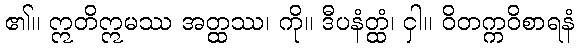
၏။ ဣတိဣမဿ အတ္ထဿ၊ ကို။ ဒီပနံတ္ထံ၊ ငှါ။ ဝိတက္ကဝိစာရနံ